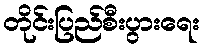
တိုင်းပြည်စီးပွားရေး